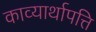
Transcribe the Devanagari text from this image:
काव्यार्थापत्ति